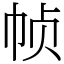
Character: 帧